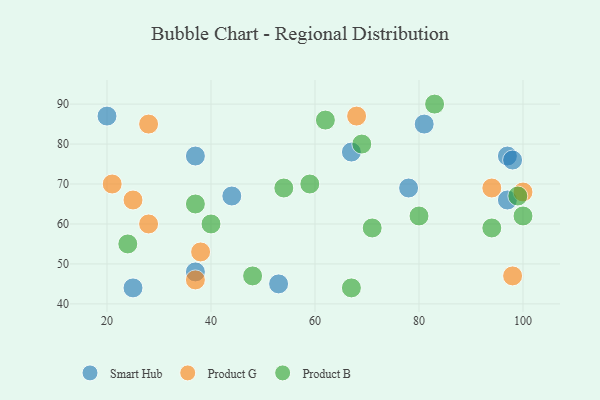
{"axis": {"x": "GDP", "y": "Life Expectancy"}, "legend": ["Product B", "Product G", "Smart Hub"], "data": [{"x": "67", "y": 78, "type": "Smart Hub"}, {"x": "81", "y": 85, "type": "Smart Hub"}, {"x": "97", "y": 66, "type": "Smart Hub"}, {"x": "44", "y": 67, "type": "Smart Hub"}, {"x": "97", "y": 77, "type": "Smart Hub"}, {"x": "37", "y": 48, "type": "Smart Hub"}, {"x": "20", "y": 87, "type": "Smart Hub"}, {"x": "78", "y": 69, "type": "Smart Hub"}, {"x": "25", "y": 44, "type": "Smart Hub"}, {"x": "53", "y": 45, "type": "Smart Hub"}, {"x": "98", "y": 76, "type": "Smart Hub"}, {"x": "37", "y": 77, "type": "Smart Hub"}, {"x": "37", "y": 46, "type": "Product G"}, {"x": "25", "y": 66, "type": "Product G"}, {"x": "28", "y": 60, "type": "Product G"}, {"x": "68", "y": 87, "type": "Product G"}, {"x": "100", "y": 68, "type": "Product G"}, {"x": "94", "y": 69, "type": "Product G"}, {"x": "98", "y": 47, "type": "Product G"}, {"x": "28", "y": 85, "type": "Product G"}, {"x": "21", "y": 70, "type": "Product G"}, {"x": "38", "y": 53, "type": "Product G"}, {"x": "94", "y": 59, "type": "Product B"}, {"x": "59", "y": 70, "type": "Product B"}, {"x": "62", "y": 86, "type": "Product B"}, {"x": "24", "y": 55, "type": "Product B"}, {"x": "48", "y": 47, "type": "Product B"}, {"x": "40", "y": 60, "type": "Product B"}, {"x": "54", "y": 69, "type": "Product B"}, {"x": "67", "y": 44, "type": "Product B"}, {"x": "83", "y": 90, "type": "Product B"}, {"x": "80", "y": 62, "type": "Product B"}, {"x": "100", "y": 62, "type": "Product B"}, {"x": "69", "y": 80, "type": "Product B"}, {"x": "99", "y": 67, "type": "Product B"}, {"x": "71", "y": 59, "type": "Product B"}, {"x": "37", "y": 65, "type": "Product B"}]}